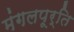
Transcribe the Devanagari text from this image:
मंगलपूर्ति